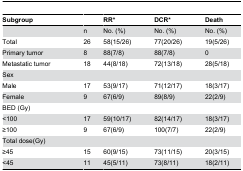
| Subgroup |  | RR* | DCR* | Death |
 | --- | --- | --- | --- | --- |
 |  | n | No. (%) | No. (%) | No. (%) |
 | Total | 26 | 58(15/26) | 77(20/26) | 19(5/26) |
 | Primary tumor | 8 | 88(7/8) | 88(7/8) | 0 |
 | Metastatic tumor | 18 | 44(8/18) | 72(13/18) | 28(5/18) |
 | Sex |  |  |  |  |
 | Male | 17 | 53(9/17) | 71(12/17) | 18(3/17) |
 | Female | 9 | 67(6/9) | 89(8/9) | 22(2/9) |
 | BED (Gy) |  |  |  |  |
 | <100 | 17 | 59(10/17) | 82(14/17) | 18(3/17) |
 | ≥100 | 9 | 67(6/9) | 100(7/7) | 22(2/9) |
 | Total dose(Gy) |  |  |  |  |
 | ≥45 | 15 | 60(9/15) | 73(11/15) | 20(3/15) |
 | <45 | 11 | 45(5/11) | 73(8/11) | 18(2/11) |